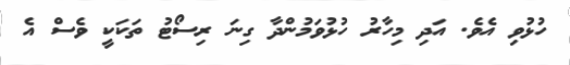
ހުޅުވި އެވެ. އަދި މިހާރު ހުޅުވަމުންދާ ގިނަ ރިސޯޓު ތަކަކީ ވެސް އެ